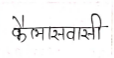
मजकूर: कैलासवासी